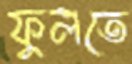
ফুলতে